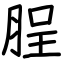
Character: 脭